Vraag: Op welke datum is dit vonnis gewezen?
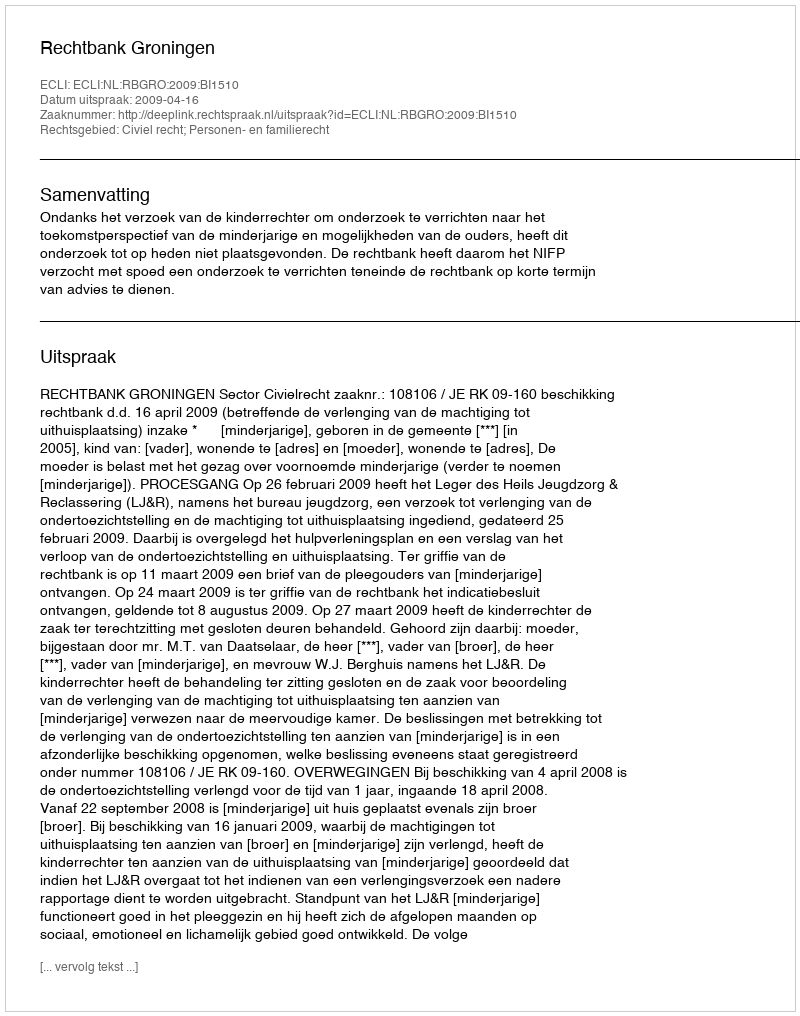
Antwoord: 2009-04-16